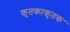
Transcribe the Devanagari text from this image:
कृतकाकृतक